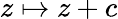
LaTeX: z\mapsto z+c